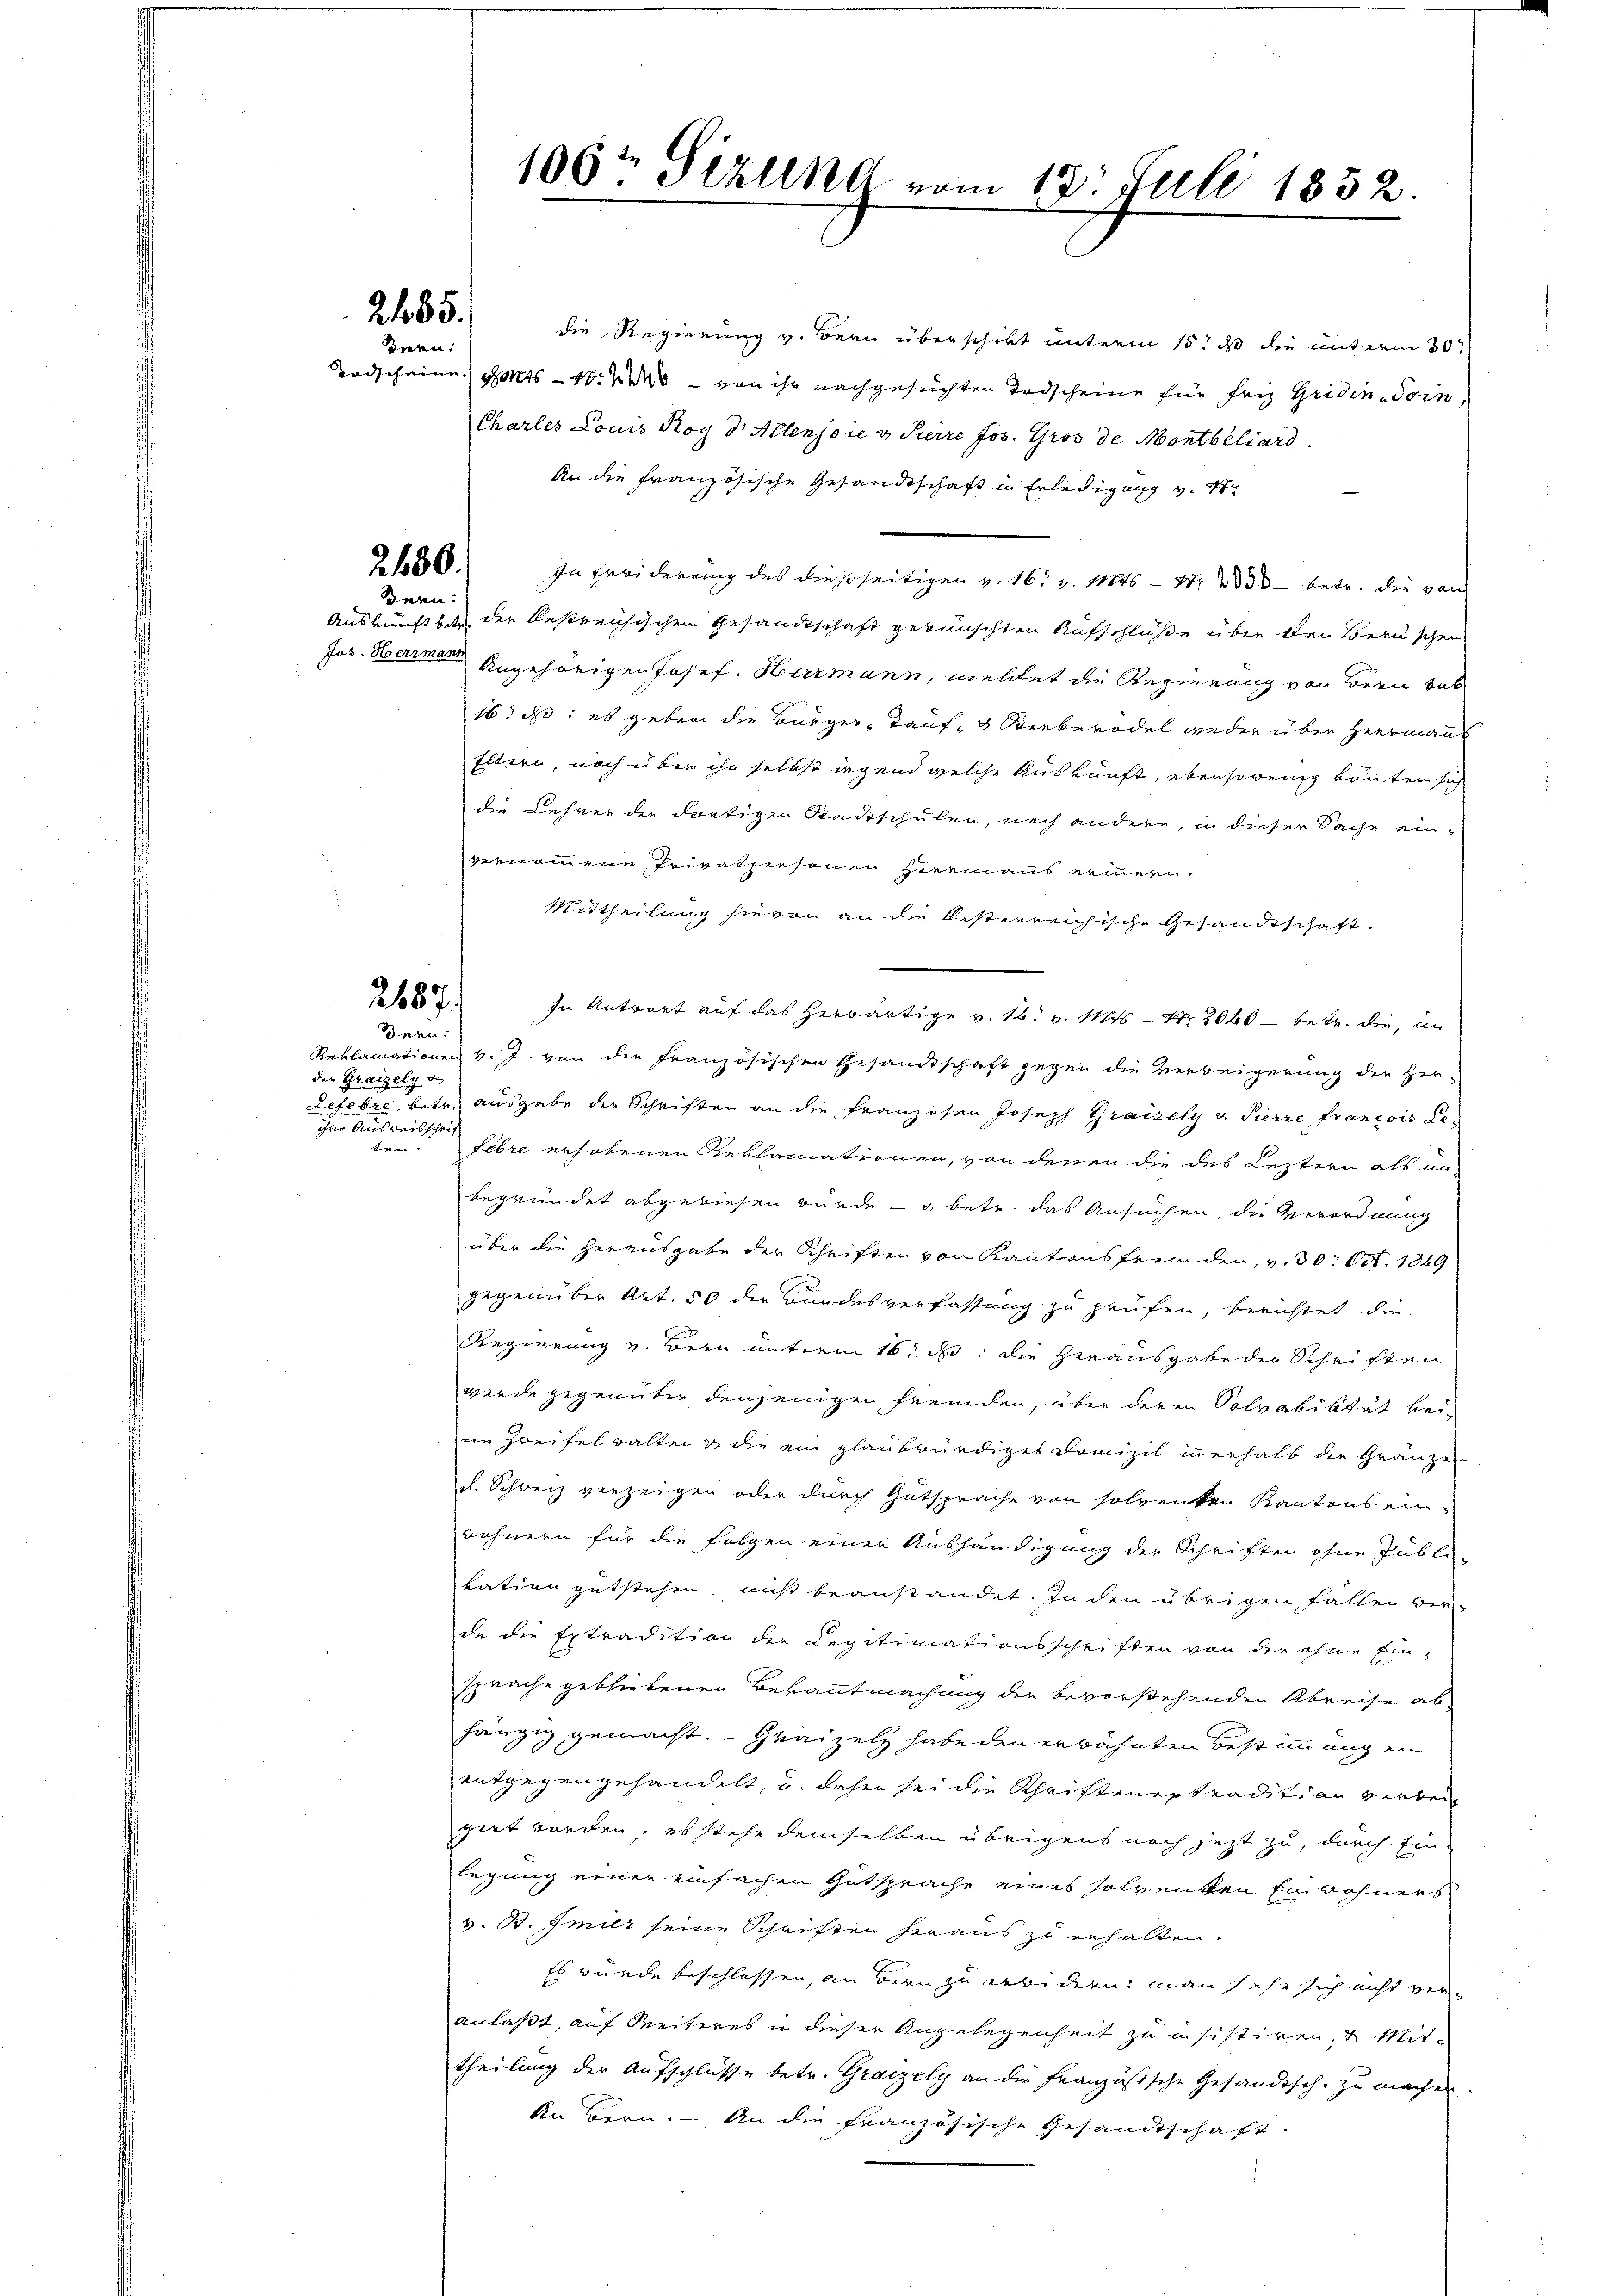
2185.
Bern:

2680.
ern:

2687.
dern:

den Grazely v
er Ausweisschrif
t

106 Sizung vom 13t Juli 1852.

die Regierung v. Bern überschikt unterm 15t ds die unterm 30ten
Todscheine gots - 10. — von ihr nachgesuchten Todscheine für fry Gridin-Soin
Charles Louis Roy d. Altensore v. Pierre Jos. Gros de Montbéliard
An die Französische Gesandtschaft in Erledigung v. 18
.
In Erwiderung des dießseitigen v. 16. v. Mts. - 4. 2030 betr. die von
Auskunft betr. der bestreichischen Gesandtschaft gewünschten Aufschlüße über den Bern schen
Jos. Herrmann Angehörigen Josef. Harmann, meldet die Regierung von Bern das
16: d: es geben die Bürger, Tauf- & Sterberodel weder über Herrmant
Eltern, noch über ihn selbst irgend welche Auskunft, ebensowenig könnten sich
die Lehrer der dortigen Stadtschulen, noch andere, in dieser Sache ein-
vernommene Privatpersonen hereinaus erinnern.
Mittheilung sie von an die besterreichische Gesandtschaft.
In Antragt auf das herwärtige v. 18. v. Mts. — Nr. 2060 - betr. die, un
Reklamationen v. J. von der französischen Gesandtschaft gegen die Verbeigerung der Her-
Lefevre, betr. ausgabe der Schriften an die Franzosen Joseph Graizely v. Pierre francois Le¬
Febre erhobenen Reklamationen, von denen die des Leztern als an-
begründet abgewiesen wurde – o betr. das Ansuchen, die Vierordnung
über die herausgabe der Schriften von Kantonsfremden, v. 30. Oct. 1849
gegenüber Art. 50 die Bundesverfassung zu prüfen, berichtet die
Regierung v. Bern unterm 16. d. die herausgabe der Schriften
werde gegenüber denjenigen fremden, über deren Solvabilität bei
ne Zweifel walten & die ein glaubwürdiges Domizil innerhalb der Gränzen
d. Schweiz verzeigen oder durch Gutsprache von solventen Kantons ein-
wohnern für die Folgen einer Aushändigung der Schriften ohne Publi-
tation gutstehen, nicht beanstandet. In den übrigen Fallen ver-
de die Extradition der Legitimationsschriften von der ohne Einsprache gebliebenen Bekanntmachung der bevorstehenden Abreise ab-
hängig gemacht. - Graizely habe den erwähnten Bestimmung en
entgegengehandelt, u. daher sei die Schriftenextradition verbeigirt worden, es stehe demselben übrigens noch jetzt zu, durch Einlegung einer einfachen Gutsprache eines solventen Einwohners
v. St. Imier seine Schriften heraus zu erhalten.
Es wurde beschlossen, an Bern zu erwidern, man sehe sich nicht veranlaßt, auf Weiteres in dieser Angelegenheit zu insistiren, u. Mit-
theilung der Aufschlüsse betr. Grazely an die Französische Gesandtsch. zu machen.
An Bern. An die französische Gesandtschaft